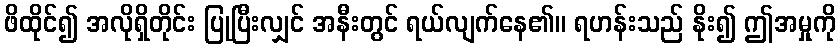
ဖိထိုင်၍ အလိုရှိတိုင်း ပြုပြီးလျှင် အနီးတွင် ရယ်လျက်နေ၏။ ရဟန်းသည် နိုး၍ ဤအမှုကို